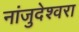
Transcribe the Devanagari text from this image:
नांजुदेश्‍वरा